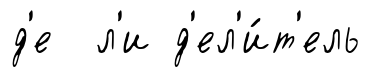
д'е л'и д'ел'и́т'ель